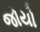
જોયો